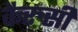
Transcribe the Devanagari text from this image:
कैरुसी